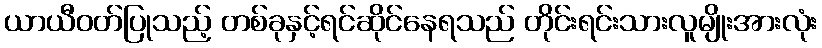
ယာယီဝတ်ပြုသည့် တစ်ခုနှင့်ရင်ဆိုင်နေရသည် တိုင်းရင်းသားလူမျိုးအားလုံး